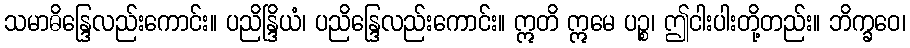
သမာဓိန္ဒြေလည်းကောင်း။ ပညိန္ဒြိယံ၊ ပညိန္ဒြေလည်းကောင်း။ ဣတိ ဣမေ ပဉ္စ၊ ဤငါးပါးတို့တည်း။ ဘိက္ခဝေ၊